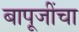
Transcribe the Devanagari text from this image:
बापूजींचा